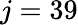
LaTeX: j=39